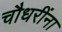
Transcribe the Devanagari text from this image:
चौधरींना